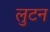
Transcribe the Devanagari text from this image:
लुटन